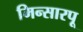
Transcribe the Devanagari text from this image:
मिन्सारपू